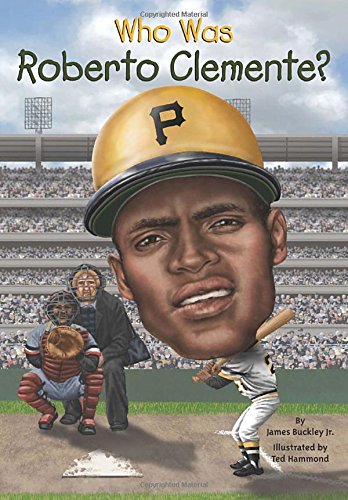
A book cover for Who Was Roberto Clemente?; James Buckley; Children's Books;